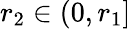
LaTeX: r_{2}\in(0,r_{1}]